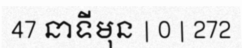
47 នាទីមុន | 0 | 272